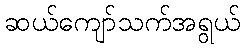
ဆယ်ကျော်သက်အရွယ်